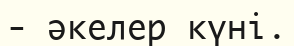
- әкелер күні.